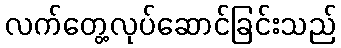
လက်တွေ့လုပ်ဆောင်ခြင်းသည်